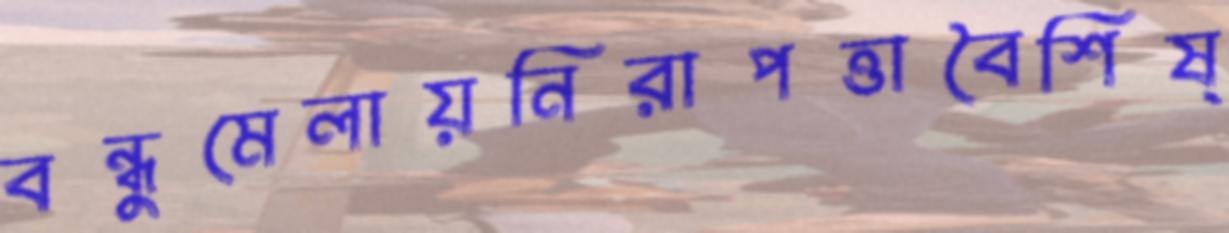
বন্ধুমেলায়নিরাপত্তাবৈশিষ্